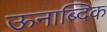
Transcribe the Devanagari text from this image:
ऊनाब्दिक